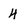
Character: 4